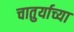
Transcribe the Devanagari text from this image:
चातुर्याच्या